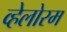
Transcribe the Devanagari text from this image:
व्हेलोरम